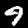
Label: 9